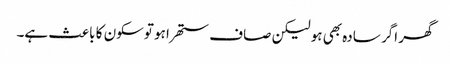
گھر اگر سادہ بھی ہو لیکن صاف ستھرا ہو توسکون کا باعث ہے۔